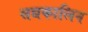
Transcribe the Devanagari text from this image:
सद्यकालिन